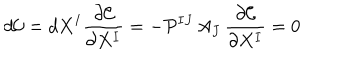
LaTeX: d \mathcal { C } = d X ^ { I } \frac { \partial \mathcal { C } } { \partial X ^ { I } } = - \mathcal { P } ^ { I J } \, A _ { J } \, \frac { \partial \mathcal { C } } { \partial X ^ { I } } = 0